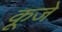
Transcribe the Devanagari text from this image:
कूजे